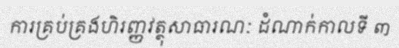
ការគ្រប់គ្រងហិរញ្ញវត្ថុសាធារណៈ ដំណាក់កាលទី ៣